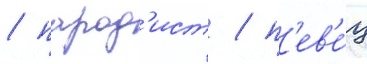
/ парод'ист / п'ев'е́ц